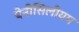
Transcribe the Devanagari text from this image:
पेनीसिलीयम